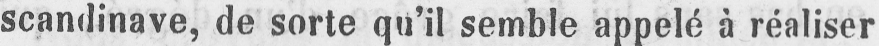
scandinave, de sorte qu’il semble appelé à réaliser